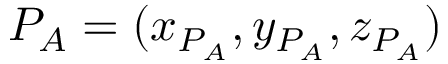
P _ { A } = ( x _ { P _ { A } } , y _ { P _ { A } } , z _ { P _ { A } } )